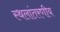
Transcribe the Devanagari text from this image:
स्थलांतरणीय